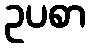
ဥပစာ